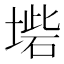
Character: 𡎵